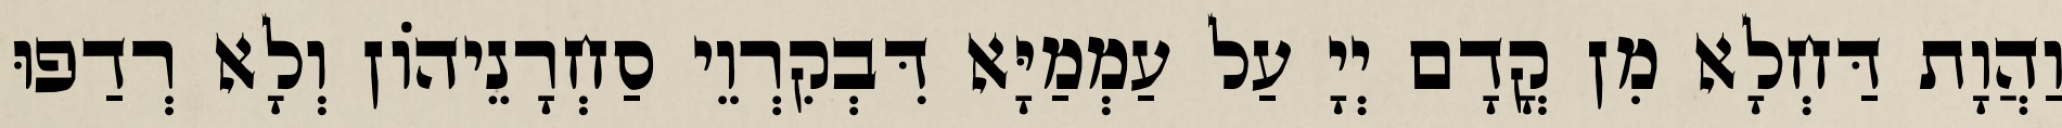
וַהֲוָת דַּחְלָא מִן קֳדָם יְיָ עַל עַמְמַיָּא דִּבְקִרְוֵי סַחְרָנֵיהוֹן וְלָא רְדַפוּ